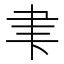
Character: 𮌁